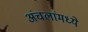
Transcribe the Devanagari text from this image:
अंचलांमध्ये